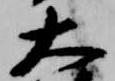
大